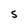
Character: S